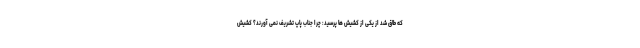
که طاق شد از یکی از کشیش ها پرسید: چرا جناب پاپ تشریف نمی آورند؟ کشیش